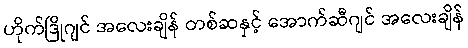
ဟိုက်ဒြိုဂျင် အလေးချိန် တစ်ဆနှင့် အောက်ဆီဂျင် အလေးချိန်